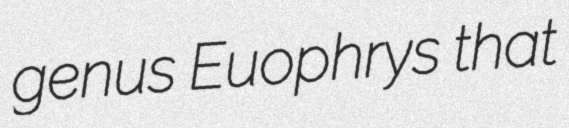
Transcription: genus Euophrys that